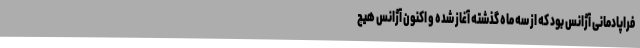
فراپادمانی آژانس بود که از سه ماه گذشته آغاز شده و اکنون آژانس هیچ